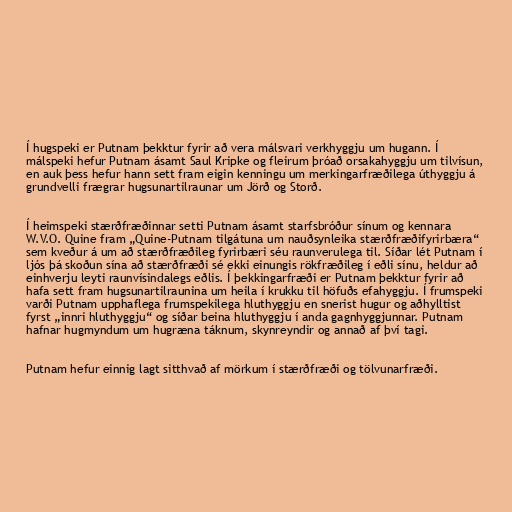
Í hugspeki er Putnam þekktur fyrir að vera málsvari verkhyggju um hugann. Í
málspeki hefur Putnam ásamt Saul Kripke og fleirum þróað orsakahyggju um tilvísun,
en auk þess hefur hann sett fram eigin kenningu um merkingarfræðilega úthyggju á
grundvelli frægrar hugsunartilraunar um Jörð og Storð.

Í heimspeki stærðfræðinnar setti Putnam ásamt starfsbróður sínum og kennara
W.V.O. Quine fram „Quine-Putnam tilgátuna um nauðsynleika stærðfræðifyrirbæra“
sem kveður á um að stærðfræðileg fyrirbæri séu raunverulega til. Síðar lét Putnam í
ljós þá skoðun sína að stærðfræði sé ekki einungis rökfræðileg í eðli sínu, heldur að
einhverju leyti raunvísindalegs eðlis. Í þekkingarfræði er Putnam þekktur fyrir að
hafa sett fram hugsunartilraunina um heila í krukku til höfuðs efahyggju. Í frumspeki
varði Putnam upphaflega frumspekilega hluthyggju en snerist hugur og aðhylltist
fyrst „innri hluthyggju“ og síðar beina hluthyggju í anda gagnhyggjunnar. Putnam
hafnar hugmyndum um hugræna táknum, skynreyndir og annað af því tagi.

Putnam hefur einnig lagt sitthvað af mörkum í stærðfræði og tölvunarfræði.